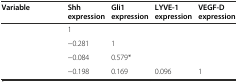
<table><thead><tr><td><b>Variable</b></td><td><b>Shh expression</b></td><td><b>Gli1 expression</b></td><td><b>LYVE-1 expression</b></td><td><b>VEGF-D expression</b></td></tr></thead><tbody><tr><td>[EMPTY_CELL]</td><td>1</td><td>[EMPTY_CELL]</td><td>[EMPTY_CELL]</td><td>[EMPTY_CELL]</td></tr><tr><td>[EMPTY_CELL]</td><td>−0.281</td><td>1</td><td>[EMPTY_CELL]</td><td>[EMPTY_CELL]</td></tr><tr><td>[EMPTY_CELL]</td><td>−0.084</td><td>0.579*</td><td>[EMPTY_CELL]</td><td>[EMPTY_CELL]</td></tr><tr><td>[EMPTY_CELL]</td><td>−0.198</td><td>0.169</td><td>0.096</td><td>1</td></tr></tbody></table>